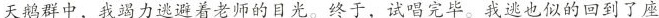
天鹅群中，我竭力逃避着老师的目光。终于，试唱完毕。我逃也似的回到了座